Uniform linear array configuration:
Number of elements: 4
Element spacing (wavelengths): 1
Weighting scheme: kaiser
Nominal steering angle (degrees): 0
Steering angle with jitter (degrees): -0.909
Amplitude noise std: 0.05
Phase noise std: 0.05

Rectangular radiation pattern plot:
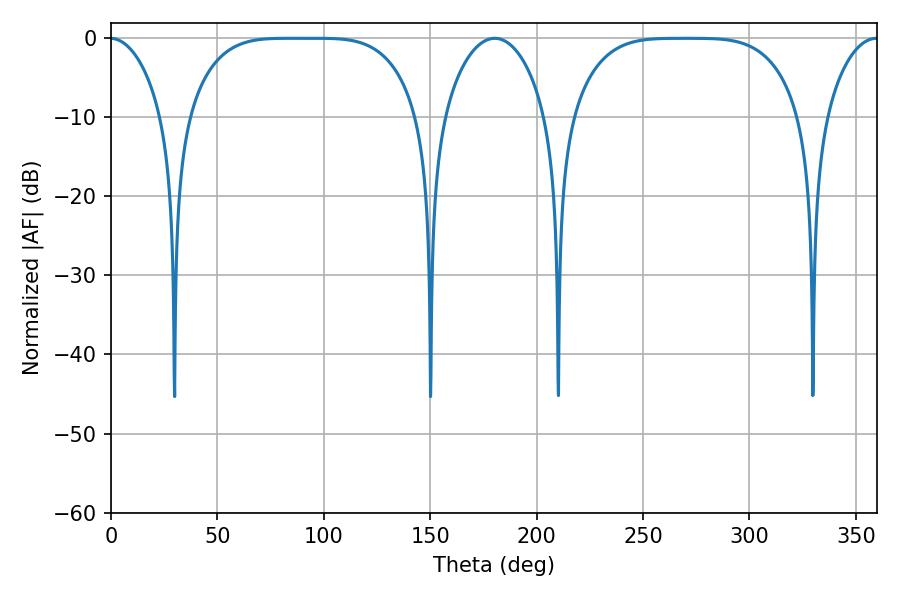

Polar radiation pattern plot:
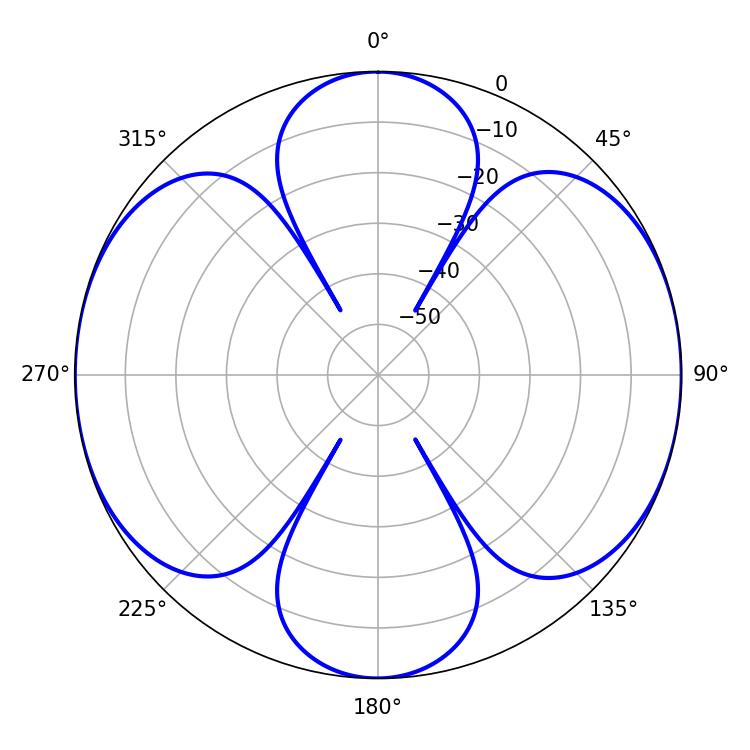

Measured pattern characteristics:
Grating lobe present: TRUE
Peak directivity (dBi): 19.68
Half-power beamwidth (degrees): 81.36
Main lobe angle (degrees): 83.88